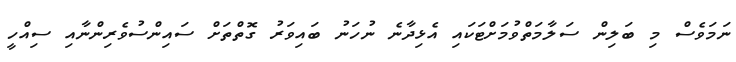
ނަމަވެސް މި ބަލިން ސަލާމަތްވުމަށްޓަކައި އެޅިދާނެ ނުހަނު ބައިވަރު ގޮތްތަށް ސައިންސުވެރިންނާއި ސިއްހީ